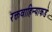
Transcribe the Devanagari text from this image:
रक्तवाहिन्याकडे